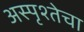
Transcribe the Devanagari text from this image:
अस्पृश्तेचा